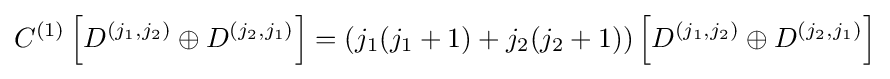
C^{(1)}\left[D^{(j_{1},j_{2})}\oplus D^{(j_{2},j_{1})}\right]=\left(j_{1}(j_{1}+1)+j_{2}(j_{2}+1)\right)\left[D^{(j_{1},j_{2})}\oplus D^{(j_{2},j_{1})}\right]